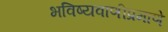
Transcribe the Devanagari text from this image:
भविष्यवाणीप्रमाणे